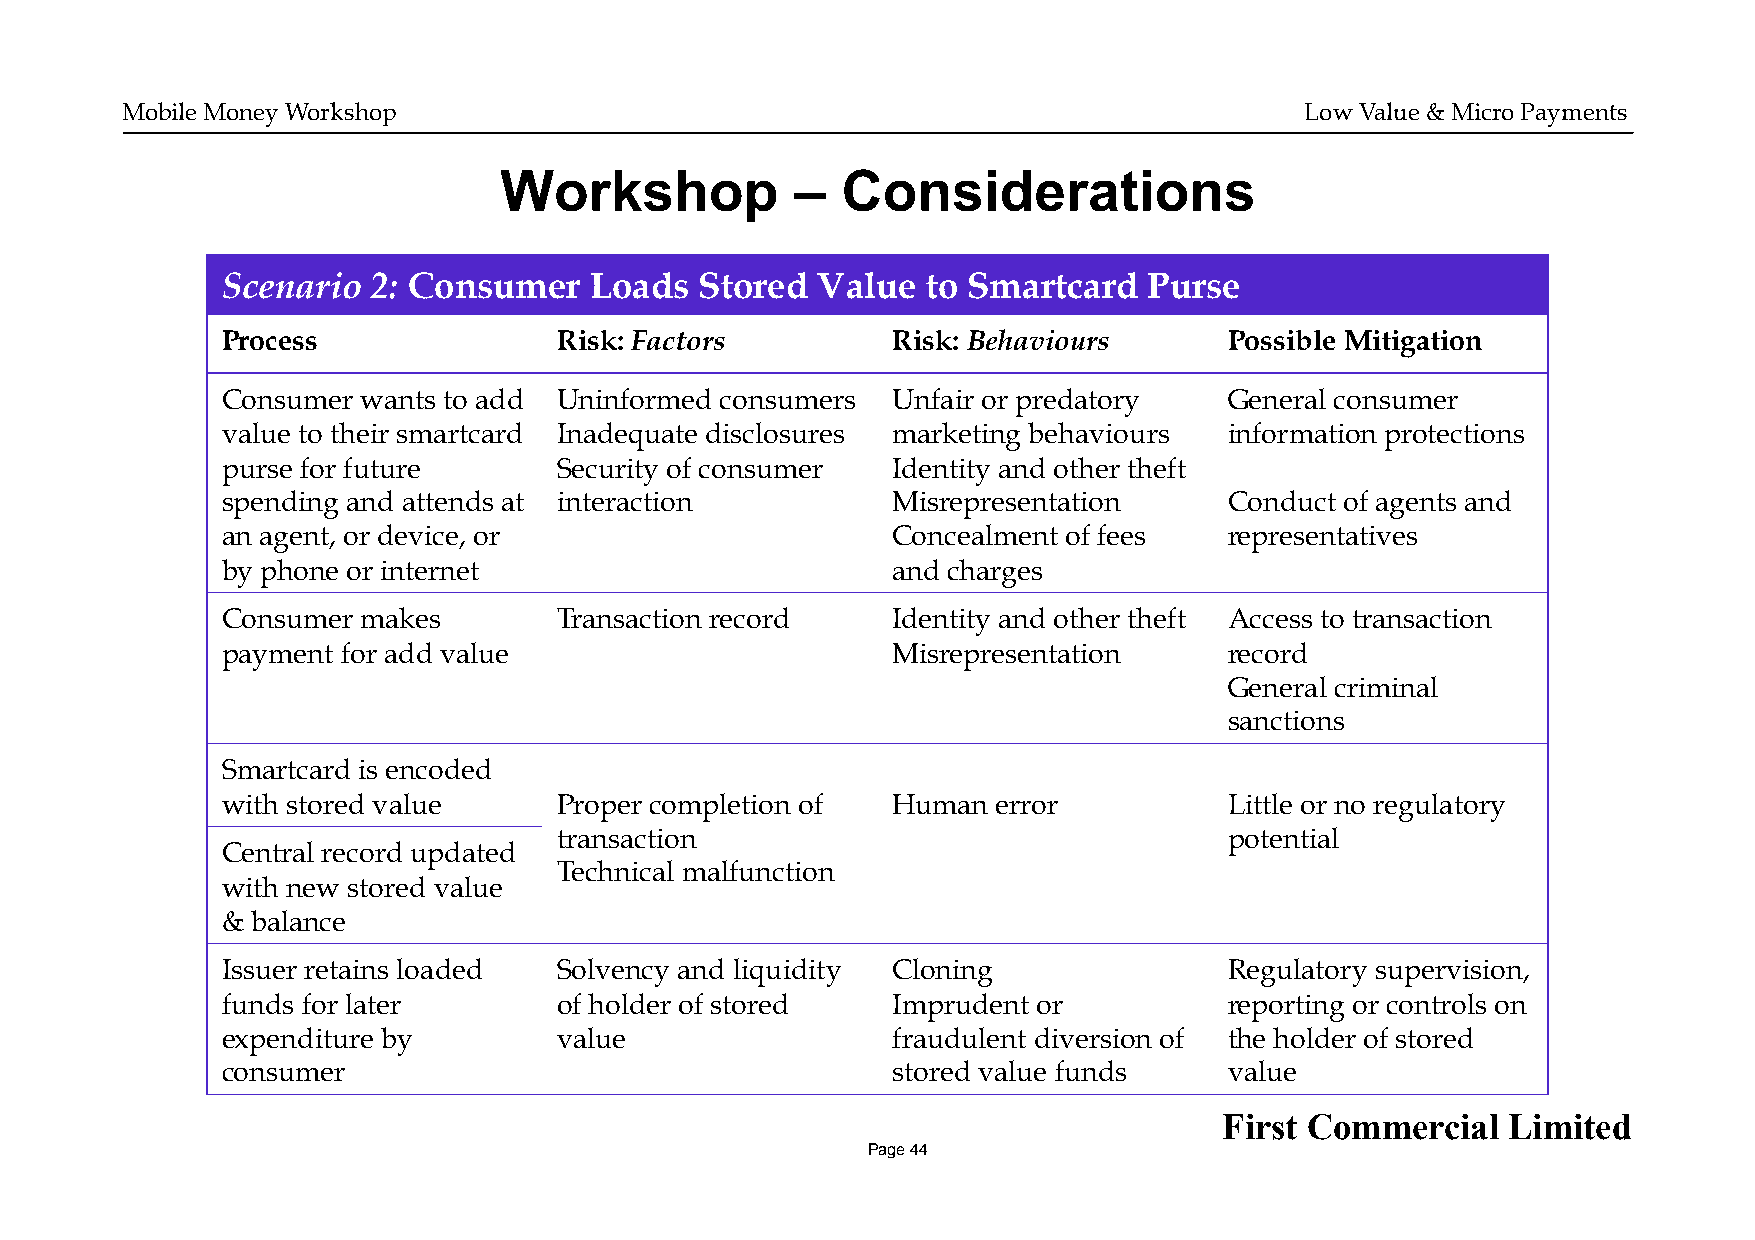
Mobile Money Workshop                                                         Low Value & Micro Payments
 Workshop            –  Considerations
 Scenario  2: Consumer   Loads  Stored  Value  to Smartcard   Purse
 Process               Risk: Factors         Risk: Behaviours      Possible Mitigation
 Consumer wants to add Uninformed consumers  Unfair or predatory   General consumer
 value to their smartcard Inadequate disclosures marketing behaviours information protections
 purse for future      Security of consumer  Identity and other theft
 spending and attends at interaction         Misrepresentation     Conduct of agents and
 an agent, or device, or                     Concealment of fees   representatives
 by phone or internet                        and charges
 Consumer makes        Transaction record    Identity and other theft Access to transaction
 payment for add value                       Misrepresentation     record
 General criminal
 sanctions
 Smartcard is encoded
 with stored value     Proper completion of  Human  error          Little or no regulatory
 transaction                                 potential
 Central record updated
 Technical malfunction
 with new stored value
 & balance
 Issuer retains loaded Solvency and liquidity Cloning              Regulatory supervision,
 funds for later       of holder of stored   Imprudent or          reporting or controls on
 expenditure by        value                 fraudulent diversion of the holder of stored
 consumer                                    stored value funds    value
 First Commercial   Limited
 Page 44